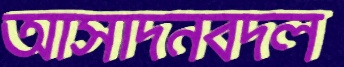
আসাদনবদল